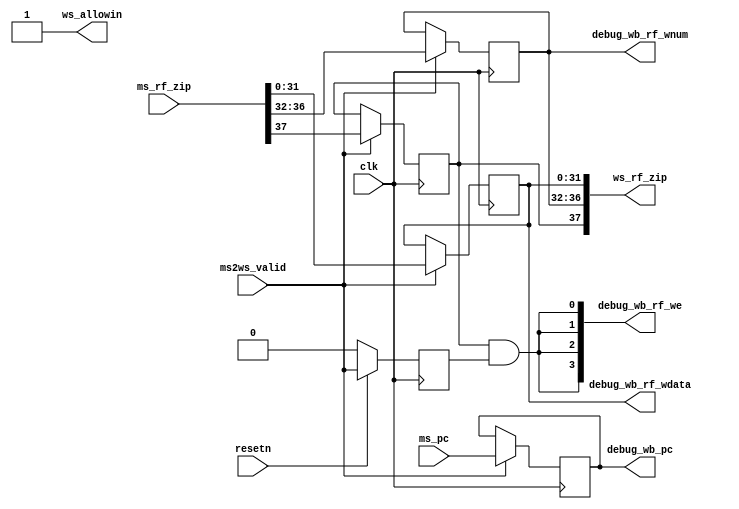
module WBreg(
    input  wire        clk,
    input  wire        resetn,
    // mem and wb state interface
    output wire        ws_allowin,
    input  wire        ms2ws_valid,
    input  wire [31:0] ms_pc,
    input  wire [37:0] ms_rf_zip, // {mem_rf_we, mem_rf_waddr, mem_rf_wdata}    
    // trace debug interface
    output wire [31:0] debug_wb_pc,
    output wire [ 3:0] debug_wb_rf_we,
    output wire [ 4:0] debug_wb_rf_wnum,
    output wire [31:0] debug_wb_rf_wdata,
    // id and wb state interface
    output wire [37:0] ws_rf_zip  // {ws_rf_we, ws_rf_waddr, ws_rf_wdata}
);
    
wire        ws_ready_go;
reg         ws_valid;
reg  [31:0] ws_pc;
reg  [31:0] ws_rf_wdata;
reg  [4 :0] ws_rf_waddr;
reg         ws_rf_we;


//------------------------------state control signal---------------------------------------
assign ws_ready_go      = 1'b1;
assign ws_allowin       = ~ws_valid | ws_ready_go ;     
always @(posedge clk) begin
    if(~resetn)
        ws_valid <= 1'b0;
    else if (ws_allowin)
        ws_valid <= ms2ws_valid; 
end


//------------------------------mem and wb state interface---------------------------------------
always @(posedge clk) begin
    if(ms2ws_valid)
        ws_pc <= ms_pc;
end
always @(posedge clk) begin
    if(ms2ws_valid)
        {ws_rf_we, ws_rf_waddr, ws_rf_wdata} <= ms_rf_zip;
end


//------------------------------id and wb state interface---------------------------------------
assign ws_rf_zip = {ws_rf_we, ws_rf_waddr, ws_rf_wdata};


//------------------------------trace debug interface---------------------------------------
assign debug_wb_pc = ws_pc;
assign debug_wb_rf_wdata = ws_rf_wdata;
assign debug_wb_rf_we = {4{ws_rf_we & ws_valid}};
assign debug_wb_rf_wnum = ws_rf_waddr;


endmodule